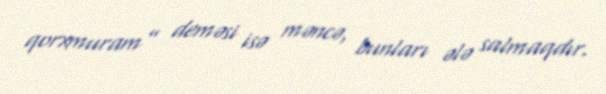
qorxmuram” deməsi isə məncə, bunları ələ salmaqdır.